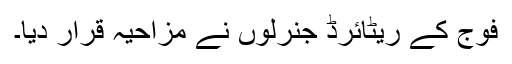
فوج کے ریٹائرڈ جنرلوں نے مزاحیہ قرار دیا۔